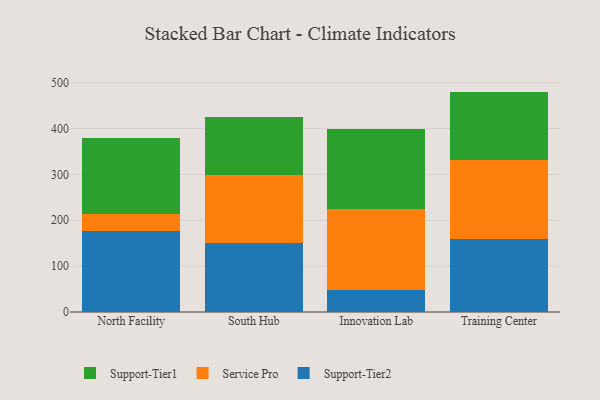
{"axis": {"x": "Campus", "y": "Customer Acquisition Cost (USD)"}, "legend": ["Service Pro", "Support-Tier1", "Support-Tier2"], "data": [{"x": "North Facility", "y": 176.6, "type": "Support-Tier2"}, {"x": "North Facility", "y": 37.6, "type": "Service Pro"}, {"x": "North Facility", "y": 165.8, "type": "Support-Tier1"}, {"x": "South Hub", "y": 149.4, "type": "Support-Tier2"}, {"x": "South Hub", "y": 149.9, "type": "Service Pro"}, {"x": "South Hub", "y": 126.6, "type": "Support-Tier1"}, {"x": "Innovation Lab", "y": 46.9, "type": "Support-Tier2"}, {"x": "Innovation Lab", "y": 178.2, "type": "Service Pro"}, {"x": "Innovation Lab", "y": 173.8, "type": "Support-Tier1"}, {"x": "Training Center", "y": 159.1, "type": "Support-Tier2"}, {"x": "Training Center", "y": 173.3, "type": "Service Pro"}, {"x": "Training Center", "y": 148.2, "type": "Support-Tier1"}]}